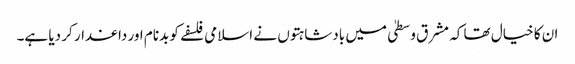
ان کا خیال تھا کہ مشرق وسطیٰ میں بادشاہتوں نے اسلامی فلسفے کو بدنام اور داغدار کر دیا ہے۔